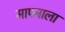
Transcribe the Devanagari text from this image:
मापनाला